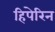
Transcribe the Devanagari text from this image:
हिपेरिन